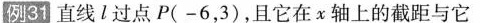
例31 直线l过点P(-6，3)，且它在x轴上的截距与它